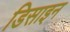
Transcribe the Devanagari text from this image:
डिसाइन